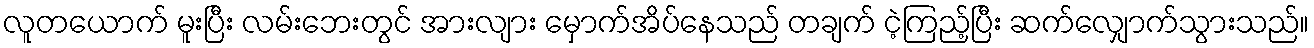
လူတယောက် မူးပြီး လမ်းဘေးတွင် အားလျား မှောက်အိပ်နေသည် တချက် ငဲ့ကြည့်ပြီး ဆက်လျှောက်သွားသည်။